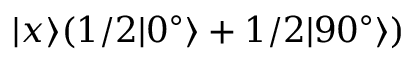
| x \rangle ( 1 / 2 | 0 ^ { \circ } \rangle + 1 / 2 | 9 0 ^ { \circ } \rangle )